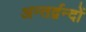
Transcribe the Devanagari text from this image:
अन्तर्द्वन्दों